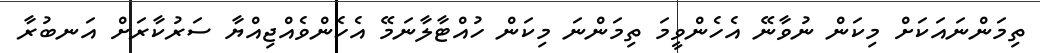
ތިމަންނައަކަށް މިކަން ނުވާނޭ އެހެންވީމަ ތިމަންނަ މިކަން ހުއްޓާލާނަމޭ އެހެންވެއްޖިއްޔާ ސަރުކާރަށް އަނބުރާ